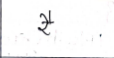
मजकूर: रै